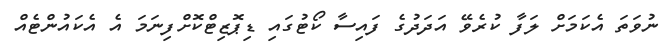
ނުވަތަ އެކަމަށް ލަފާ ކުރެވޭ އަދަދުގެ ފައިސާ ކޯޓުގައި ޑިޕޮޒިޓްކޮށްފިނަމަ އެ އެކައުންޓެއް